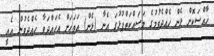
ޚާއްސަކޮށް ޅެން ހެއްދެވުމުގެ މަސައްކަތްޕުޅުގަ އެނާ (ޅެން) އަވަހަށް އެހައްދަވާ ހެއްދެވުން އެއީ